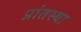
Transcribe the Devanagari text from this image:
प्रांतस्या